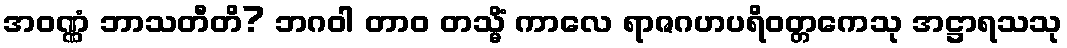
အဝဏ္ဏံ ဘာသတီတိ? ဘဂဝါ တာဝ တသ္မိံ ကာလေ ရာဇဂဟပရိဝတ္တကေသု အဋ္ဌာရသသု